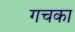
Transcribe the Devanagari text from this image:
गचका